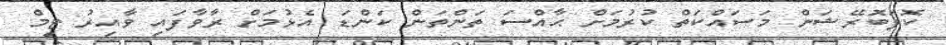
ކޮލަބޮރޭޝަން މަސައްކަތް ކުރުމަށް ޙާއްސަ ތަންތަން ކަންޑަ އެޅުމަށް ރާވާފައި ވާއިރު ޓީމް